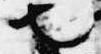
也